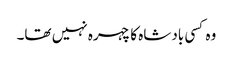
وہ کسی بادشاہ کا چہرہ نہیں تھا۔